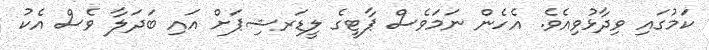
ކަމުގައި ވިދާޅުވިއެވެ. އެހެން ނަމަވެސް ޕާޓީގެ ލީޑަރޝިޕަށް އައި ބަދަލާ ވެސް އެކު